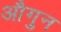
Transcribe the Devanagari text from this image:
औगुन